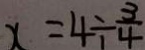
x = 4 \div \frac { 3 } { 4 }